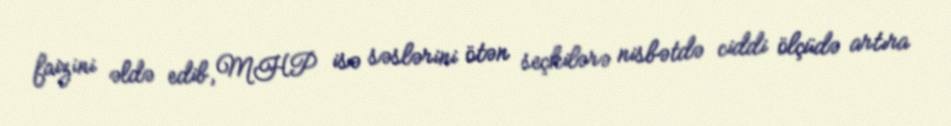
faizini əldə edib, MHP isə səslərini ötən seçkilərə nisbətdə ciddi ölçüdə artıra